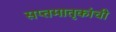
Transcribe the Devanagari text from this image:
सप्तमातृकांची